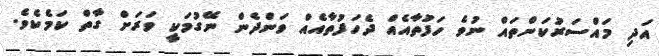
އަދި މައްސަރުކަންތައް ނުވެ ހަފުތާއެއް ދެހަފުތާއެއް ވަންދެން ނޭގުމަކީ ވަރަށް ގާތް ކަމެކެވެ.